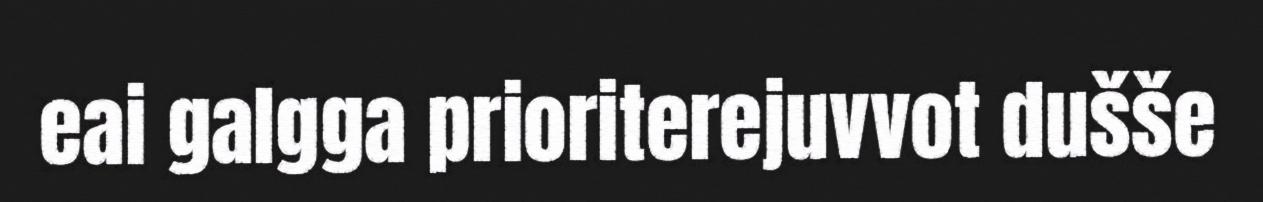
eai galgga prioriterejuvvot dušše